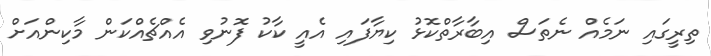
ތިރީގައި ނަމެއް ނެތަސް އިބާރާތްކޮޅު ކިޔާފައި އެއީ ކާކު ފޮނުވި އެއްޗެއްކަން މާކިންއަށް